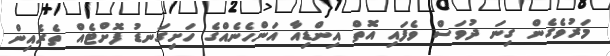
މަރުވެގެން ގިނަ ދުވަސް ވެފައި އޮތް އިންޑިއާ އަންހެނެއްގެ ހަށިގަނޑު ފޮށްޓެއް ތެރެއިން